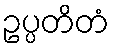
ဥပ္ပတိတံ